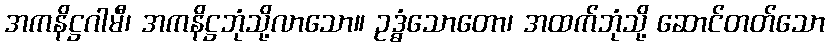
အကနိဋ္ဌဂါမီ၊ အကနိဋ္ဌဘုံသို့လာသော။ ဥဒ္ဓံသောတော၊ အထက်ဘုံသို့ ဆောင်တတ်သော